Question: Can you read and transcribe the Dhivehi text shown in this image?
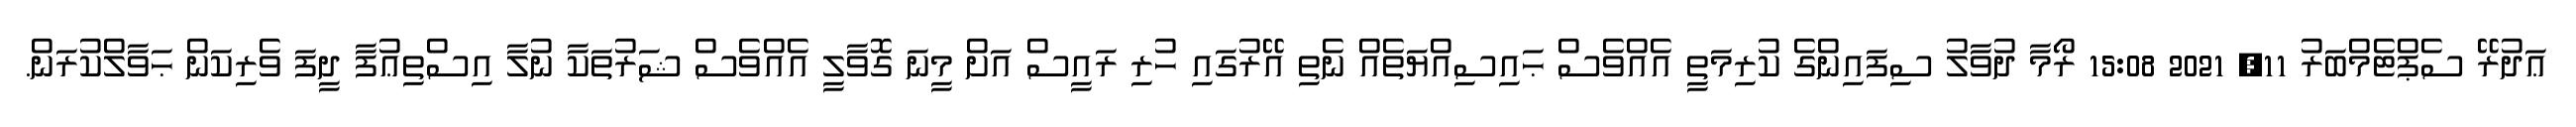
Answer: ޢަދުރޭ ސެޕްޓެމްބަރު 11, 2021 15:08 ރޯމާ ދުވާލު ސިފައިންގެ ކުރިމަތީ އެއްވެސް ޙައިސިއްޔަތެއް ނެތި އޭރުގައި ހުރި ރައީސް އަށް މީނަ ގޮވާލީ އެއްވެސް ޝަރުތަކާ ނުލާ އިސްތިޢުފާ ދީފަ ވެރިކަން ޙަވާލްކުރަން.